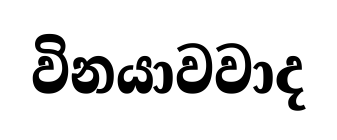
විනයාවවාද